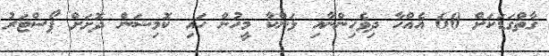
ގާތްގަޑަކަށް 60 އެއްހާ ދިވެހިންނާއި ލަންކާ މީހުން ހައި ކޮމިޝަން ދޮށަށް ޕޯސްޓަރު